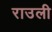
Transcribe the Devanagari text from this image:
राउली